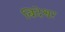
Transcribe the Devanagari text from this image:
बिदेश्वर